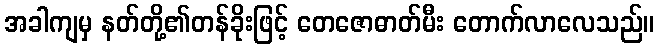
အခါကျမှ နတ်တို့၏တန်ခိုးဖြင့် တေဇောဓာတ်မီး တောက်လာလေသည်။